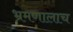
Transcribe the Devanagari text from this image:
भ्रमणालाच